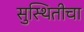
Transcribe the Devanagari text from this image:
सुस्थितीचा